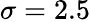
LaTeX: \sigma=2.5